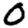
Digit: 0